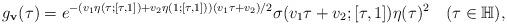
LaTeX: \begin{align*}g_\mathbf{v}(\tau)=e^{-(v_1\eta(\tau;[\tau,1])+v_2\eta(1;[\tau,1]))(v_1\tau+v_2)/2}\sigma(v_1\tau+v_2;[\tau,1])\eta(\tau)^2\quad(\tau\in\mathbb{H}),\end{align*}